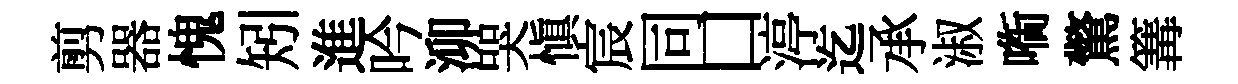
剪器愧矧進吟泖哭慎宸同口渟迄承淑㗸驚篝